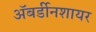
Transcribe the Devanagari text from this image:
अॅबर्डीनशायर